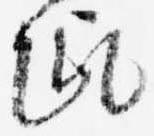
趣